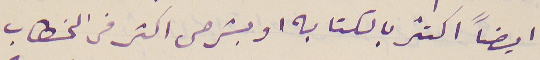
ايضاً اكتثر بالكتابه او بشرحى اكثر فى الخطاب